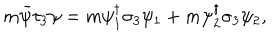
LaTeX: m \bar { \psi } \tau _ { 3 } \psi = m \psi _ { 1 } ^ { \dagger } \sigma _ { 3 } \psi _ { 1 } + m \psi _ { 2 } ^ { \dagger } \sigma _ { 3 } \psi _ { 2 } ,